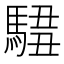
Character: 𩣿